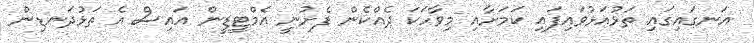
އަނގައިގައި ތަޅުއަޅުވައިފައި ކަމަށާއި މިވާހަކަ ދެއްކެން ފެށުނީ އެމްޓީޑީން އައިސް އެ ތަޅުދަނޑިން